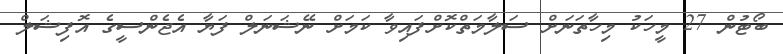
ބޯޓުން 27 މީހަކު މިހާތަނަށް ސަލާމަތްކޮށްފައިވާ ކަމަށް ނޭޝަަނަލް ފަޔާ އެޖެންސީގެ އޮފިޝަލް